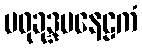
မဓုခုဒ္ဒမနေဠကံ